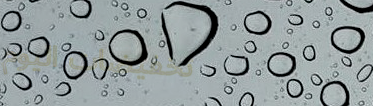
تخفيضات اليوم